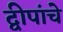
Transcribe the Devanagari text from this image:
द्वीपांचे